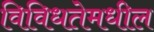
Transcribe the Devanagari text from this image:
विविधतेमधील